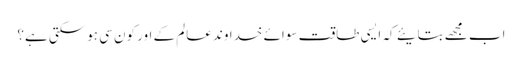
اب مجھے بتایئے کہ ایسی طاقت سوائے خداوند عالم کے اور کون سی ہوسکتی ہے؟